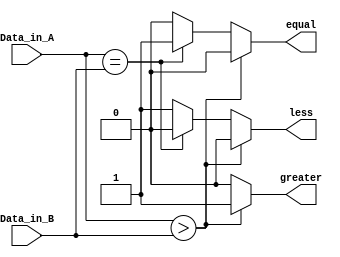
//declare the Verilog module - The inputs and output signals.
module comparator(
    Data_in_A,  //input A
    Data_in_B,  //input B
    less,       //high when A is less than B
    equal,       //high when A is equal to B
     greater         //high when A is greater than B    
    );

    //what are the input ports.
    input [3:0] Data_in_A;
    input [3:0] Data_in_B;
    //What are the output ports.
    output less;
     output equal;
     output greater;
     //Internal variables
     reg less;
     reg equal;
     reg greater;

    //When the inputs and A or B are changed execute this block
    always @(Data_in_A or Data_in_B)
     begin
        if(Data_in_A > Data_in_B)   begin  //check if A is bigger than B.
            less = 0;
            equal = 0;
            greater = 1;    end
        else if(Data_in_A == Data_in_B) begin //Check if A is equal to B
            less = 0;
            equal = 1;
            greater = 0;    end
        else    begin //Otherwise - check for A less than B.
            less = 1;
            equal = 0;
            greater =0;
        end 
    end
endmodule